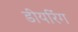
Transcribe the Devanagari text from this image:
डीयरिंग